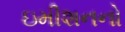
ઇમીશનનો